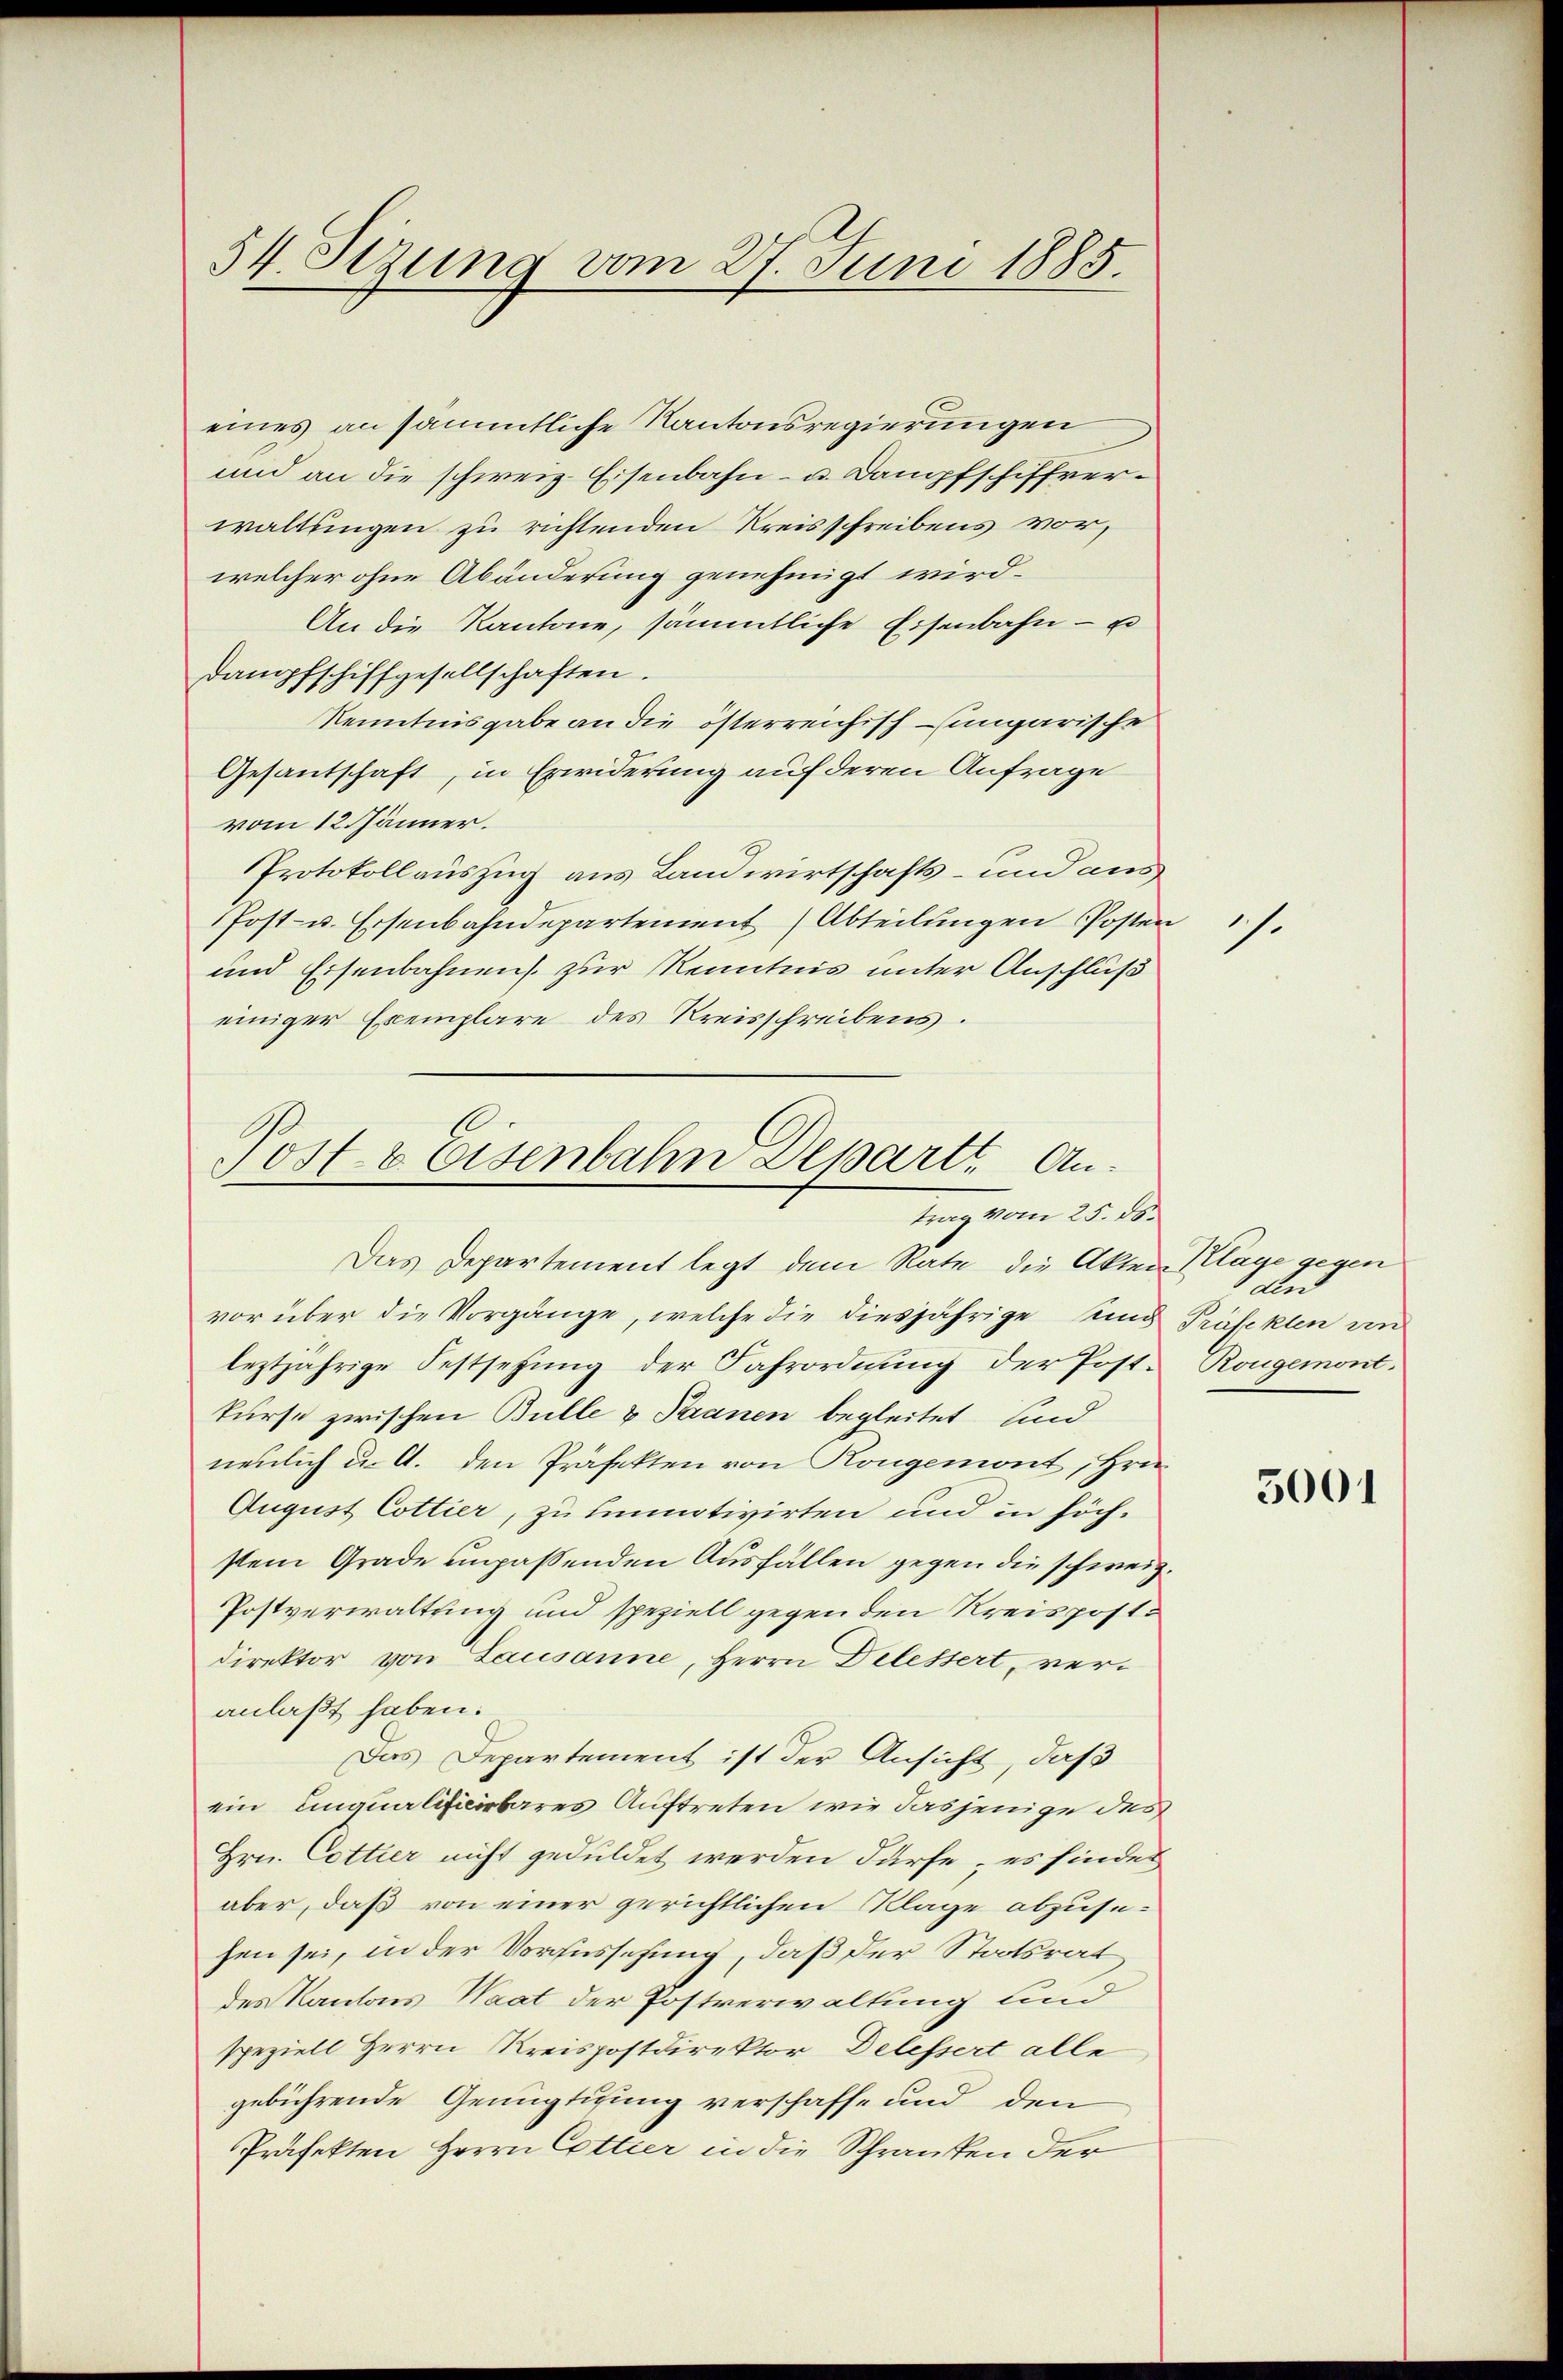
54. Sezung vom 27. Juni 1885.

eines an sämmtliche Kantonsregierungen
und an die schweiz. Eisenbahn- u. Dampfschiffverwaltungen zu richtenden Kreisschreibens vor,
welcher ohne Abänderung genehmigt wird.
An die Kantone, sämmtliche Eisenbahn - u
dampfschiffgesellschaften.
Kenntnisgabe an die österreichisch-ungarische
Gesantschaft, in Erwiderung auf deren Anfrage
vom 12. Jänner.
Protokollauszug aus Landwirtschafts- und aus
PPost- u. Eisenbahndepartement (Abteilungen Posten
und Eisenbahnens. zur Kenntnis unter Anschluß
einiger Exemplare des Kreisschreibens.

Post & Eisenbahn Departe Antrag vom 25. ds.

Das Departement legt dem Rate die Akten Klage gegen
vor über die Vorgänge, welche die diesjährige und Präfekten un
leztjährige Festsetzung der Jahrordnung der Post-Rougemont.
kurse zwischen Bulle & Saanen begleitet sind
neulich u. A. den Präfekten von Kongemont, Hrn.
August Cottier, zu hinmotivirten und in höch-
stem Grade unpaßenden Ausfällen gegen die schweiz.
Postverwaltung und speziell gegen den Kreispost
direktor von Lausanne, Herrn Dilessert, veranlaßt haben.
Das Departement ist der Ansicht, daß
ein Einqualificirbares Auftreten wie dasjenige des
Hrn. Cottier nicht geduldet werden dürfe; es findes
aber, daß von einer gerichtlichen Klage abzusehen sei, in der Voraussehung, daß der Statsrat
des Kantons Waat der Postverwaltung und
speziell Herrn Kreispostdirektor Delessert alle
gebührende Genugtuung verschaffe und den
Präfekten Herrn Cottier in die Schranken der

.

din

5001